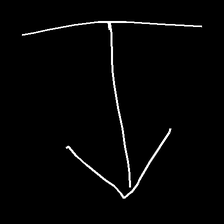
Glyph: levitation